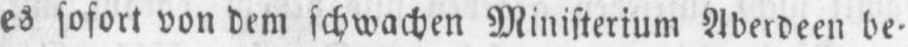
es sofort von dem schwachen Ministerium Aberdeen be⸗